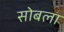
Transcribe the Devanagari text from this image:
सोबला